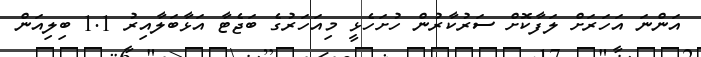
އަންނަ އަހަރަށް ލަފާކޮށް ސަރުކާރުން ހުށަހެޅީ މިއަހަރުގެ ބަޖެޓާ އަޅާބަލާއިރު 1.1 ބިލިއަން